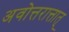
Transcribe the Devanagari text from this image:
अवोत्तरात्तात्